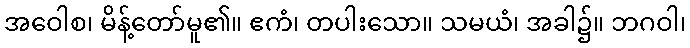
အဝေါစ၊ မိန့်တော်မူ၏။ ဧကံ၊ တပါးသော။ သမယံ၊ အခါ၌။ ဘဂဝါ၊